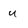
Character: u